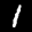
Label: 1